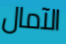
الآمال